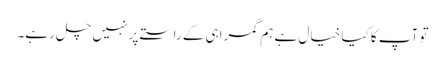
تو آپ کا کیا خیال ہے ہم گمراہی کے راستے پر نہیں چل رہے۔